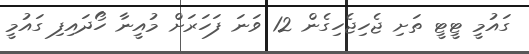
ގައުމީ ޓީޓީ ތަށި ޖެހިޖެހިގެން 12 ވަނަ ފަހަރަށް މުއީނާ ހޯދައިފި ގައުމީ